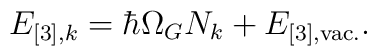
E_{[3],k} = \hbar \Omega_{G} N_k + E_{[3], {\rm vac.}}.